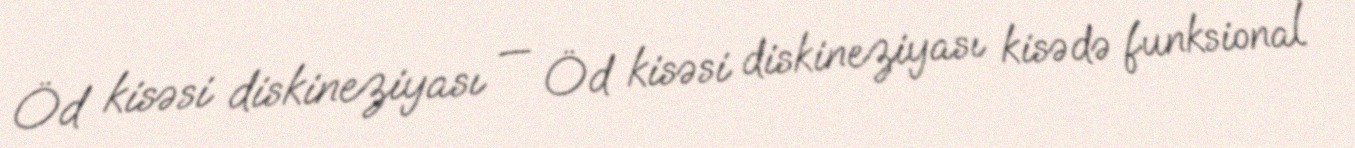
Öd kisəsi diskineziyası — Öd kisəsi diskineziyası kisədə funksional